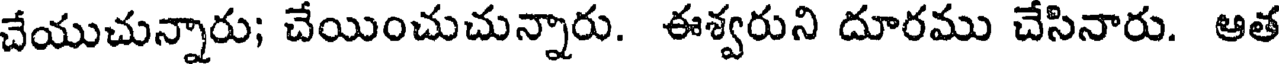
చేయుచున్నారు; చేయించుచున్నారు. ఈశ్వరుని దూరము చేసినారు. ఆత